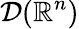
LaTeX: {\mathcal{D}}(\mathbb{R}^{n})